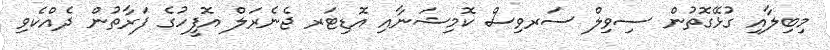
މިބިލާއި ގުޅޭގޮތުން ސިވިލް ސަރވިސް ކޮމިޝަނާއި އޮޑިޓަރ ޖެނެރަލް އޮފީހުގެ ފަރާތުން ދެއްކެވި